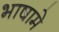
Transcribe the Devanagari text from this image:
भाषामे